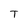
Character: T